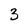
Character: 3